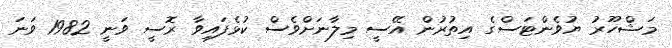
މަޝްހޫރު ޔުވެންޓަސްގެ އިތުރުން އޭސީ މިލާނަށްވެސް ކުޅެފައިވާ ރޮސީ ވަނީ 1982 ވަނަ